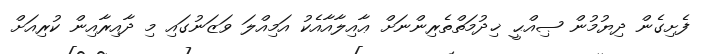
ފެށިގެން ދިޔުމުން ޞިއްޙީ ޚިދުމަތްތެރިންނަށް ޢާއިލާއާއެކު އަމިއްލަ ވަޒަނުގައި މި ދާއިރާއިން ކުރިއަށް